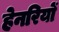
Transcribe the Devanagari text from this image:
हेनरियों